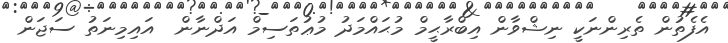
އެފެތުން ތެރިންނަކީ ނިޝްވާން އިބްރާޙީމް މުޙައްމަދު މުޢުތަސިމް އަދްނާން  އައިމިނަތު ސަޖަން